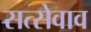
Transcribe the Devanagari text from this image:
सत्सेवाव